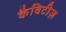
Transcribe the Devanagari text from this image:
कैविटीज़